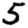
Digit: 5